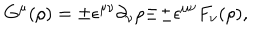
LaTeX: G ^ { \mu } ( \rho ) = { \pm } { \epsilon } ^ { { \mu } { \nu } } { \partial } _ { \nu } { \rho } { \equiv } { \pm } { \epsilon } ^ { { \mu } { \nu } } F _ { \nu } ( \rho ) ,